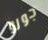
جورو